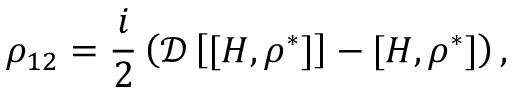
\rho _ { 1 2 } = \frac { i } { 2 } \left( \mathcal { D } \left[ [ H , \mathcal { \rho ^ { * } } ] \right] - [ H , \mathcal { \rho ^ { * } } ] \right) ,